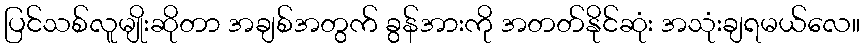
ပြင်သစ်လူမျိုးဆိုတာ အချစ်အတွက် ခွန်အားကို အတတ်နိုင်ဆုံး အသုံးချရမယ်လေ။